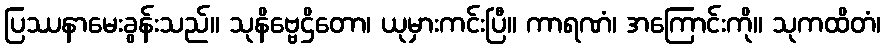
ပြဿနာမေးခွန်းသည်။ သုနိဗ္ဗေဌိတော၊ ယုမှားကင်းပြီ။ ကာရဏံ၊ အကြောင်းကို။ သုကထိတံ၊